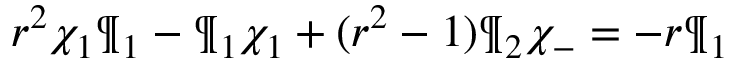
r ^ { 2 } \chi _ { 1 } \P _ { 1 } - \P _ { 1 } \chi _ { 1 } + ( r ^ { 2 } - 1 ) \P _ { 2 } \chi _ { - } = - r \P _ { 1 }